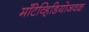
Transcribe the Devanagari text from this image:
मॉँटेव्हिडियोजवळ